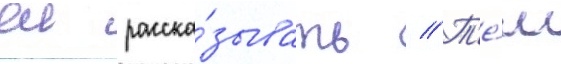
еи расска́зывать // Т'е́м